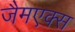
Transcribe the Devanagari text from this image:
जैमएक्स